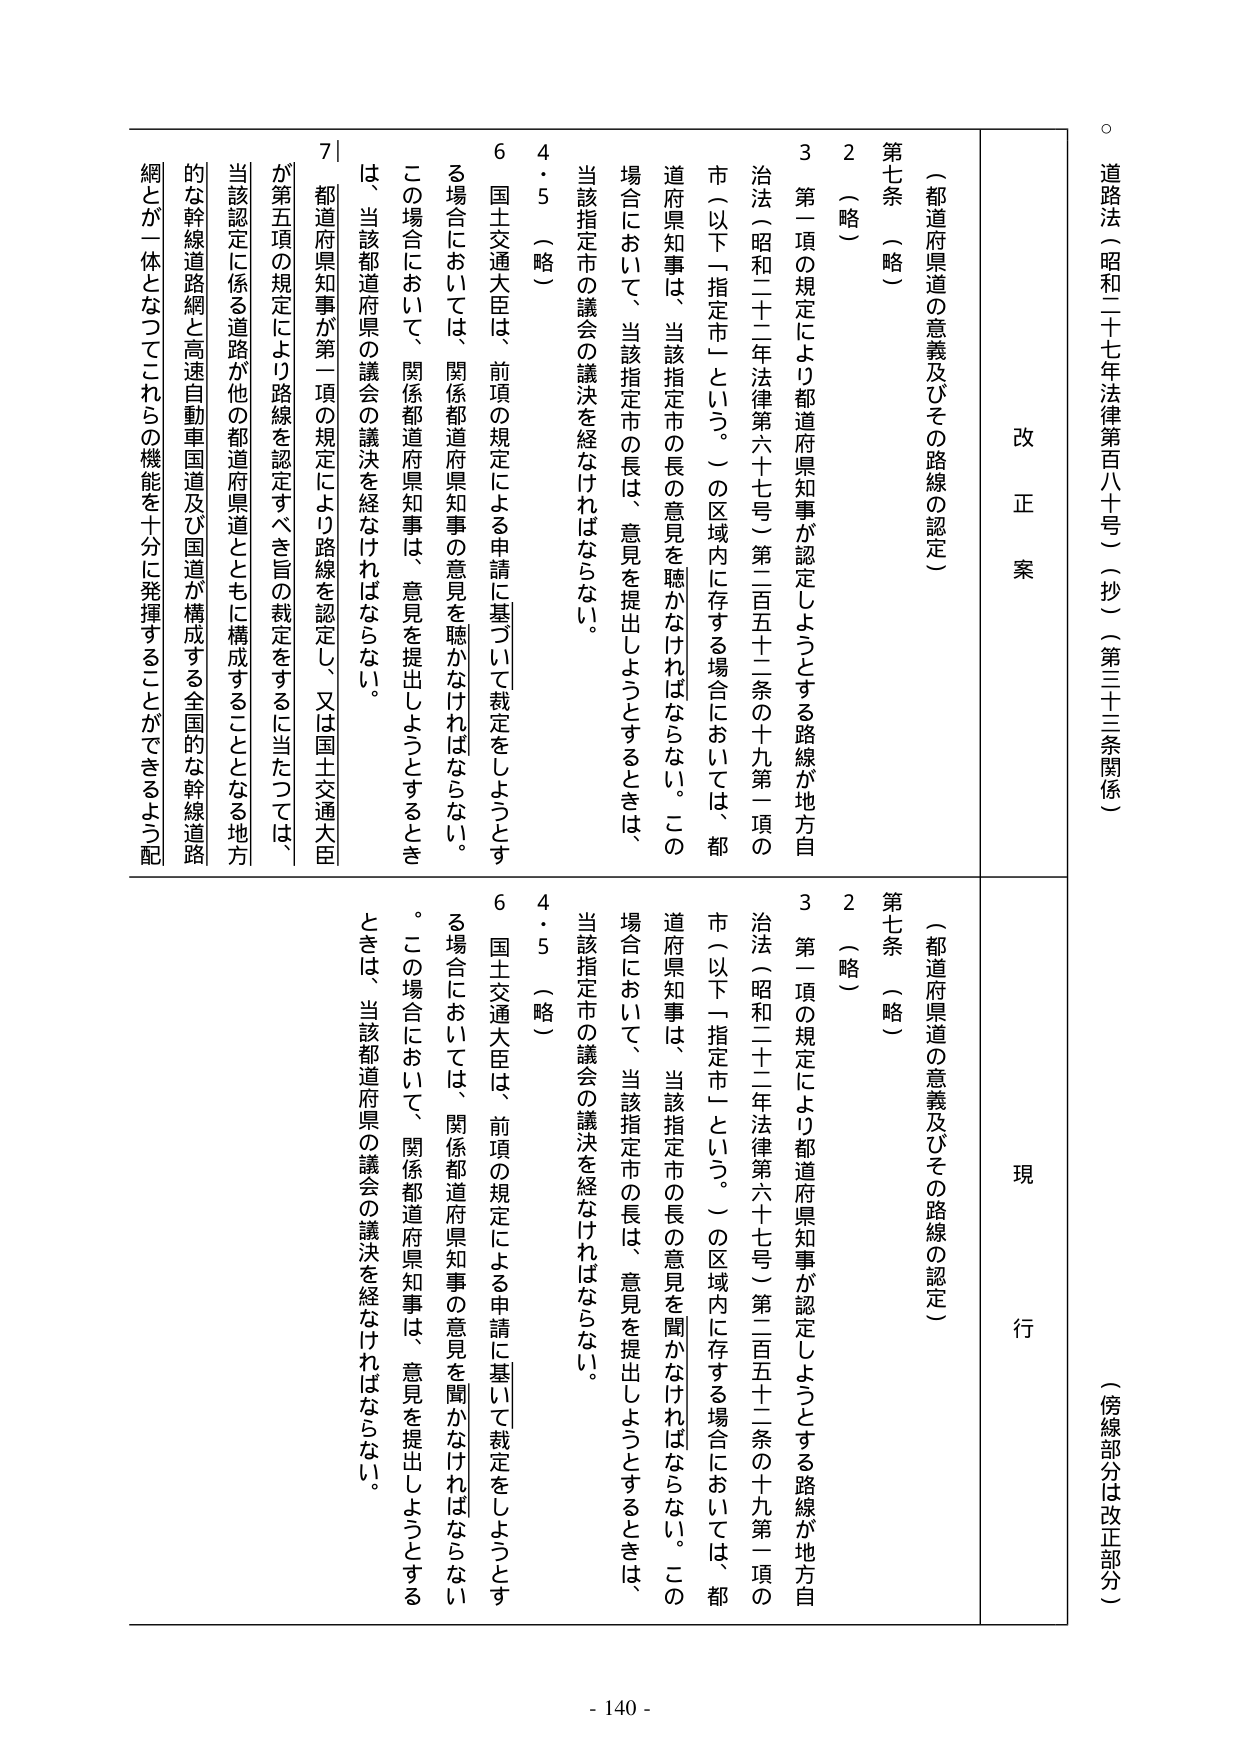
道法（昭和二十七年法律第百八十号）（抄）（第三十三条関係）

（傍線部分は改正部分）

改正案

（都道府県道の意義及びその路線の認定）

第七条（略）

２（略）

３第一項の規定により都道府県知事が認定しようとする路線が地方自治法（昭和二十二年法律第六十七号）第二百五十二条の十九第一項の市（以下「指定市」という。）の区域内に存する場合においては、都道府県知事は、当該指定市の長の意見を聴かなければならない。この場合において、当該指定市の長は、意見を提出しようとするときは、当該指定市の議会の議決を経なければならない。

４・５（略）

６国土交通大臣は、前項の規定による申請に基づいて裁定をしようとする場合においては、関係都道府県知事の意見を聴かなければならない。この場合において、関係都道府県知事は、意見を提出しようとするときは、当該都道府県の議会の議決を経なければならない。

７都道府県知事が第一項の規定により路線を認定し、又は国土交通大臣が第五項の規定により路線を認定すべき旨の裁定をするに当たっては、当該認定に係る道路が他の都道府県道とともに構成することとなる地方的な幹線道路網と高速自動車国道及び国道が構成する全国的な幹線道路網とが一体となってこれらの機能を十分に発揮することができるよう配

現行

（都道府県道の意義及びその路線の認定）

第七条（略）

２（略）

３第一項の規定により都道府県知事が認定しようとする路線が地方自治法（昭和二十二年法律第六十七号）第二百五十二条の十九第一項の市（以下「指定市」という。）の区域内に存する場合においては、都道府県知事は、当該指定市の長の意見を聞かなければならない。この場合において、当該指定市の長は、意見を提出しようとするときは、当該指定市の議会の議決を経なければならない。

４・５（略）

６国土交通大臣は、前項の規定による申請に基づいて裁定をしようとする場合においては、関係都道府県知事の意見を聞かなければならない。この場合において、関係都道府県知事は、意見を提出しようとするときは、当該都道府県の議会の議決を経なければならない。

- 140 -